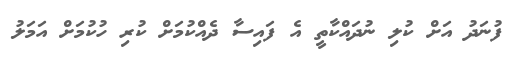
ފުނަދު އަށް ކުލި ނުދައްކާތީ އެ ފައިސާ ދެއްކުމަށް ކުރި ހުކުމަށް އަމަލު